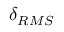
\delta _ { R M S }